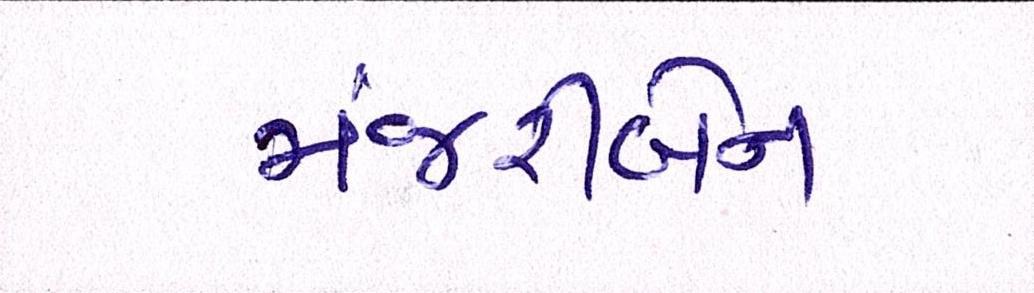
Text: મંજરીબેન